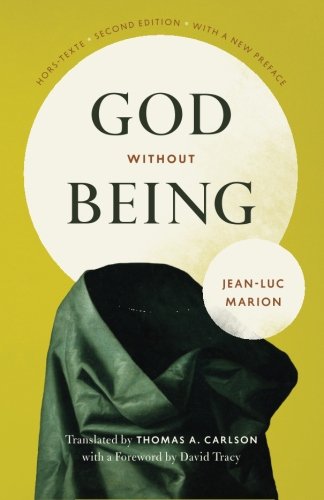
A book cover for God Without Being: Hors-Texte, Second Edition (Religion and Postmodernism); Jean-Luc Marion; Religion & Spirituality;